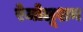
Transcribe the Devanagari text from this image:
रेजोलूशन